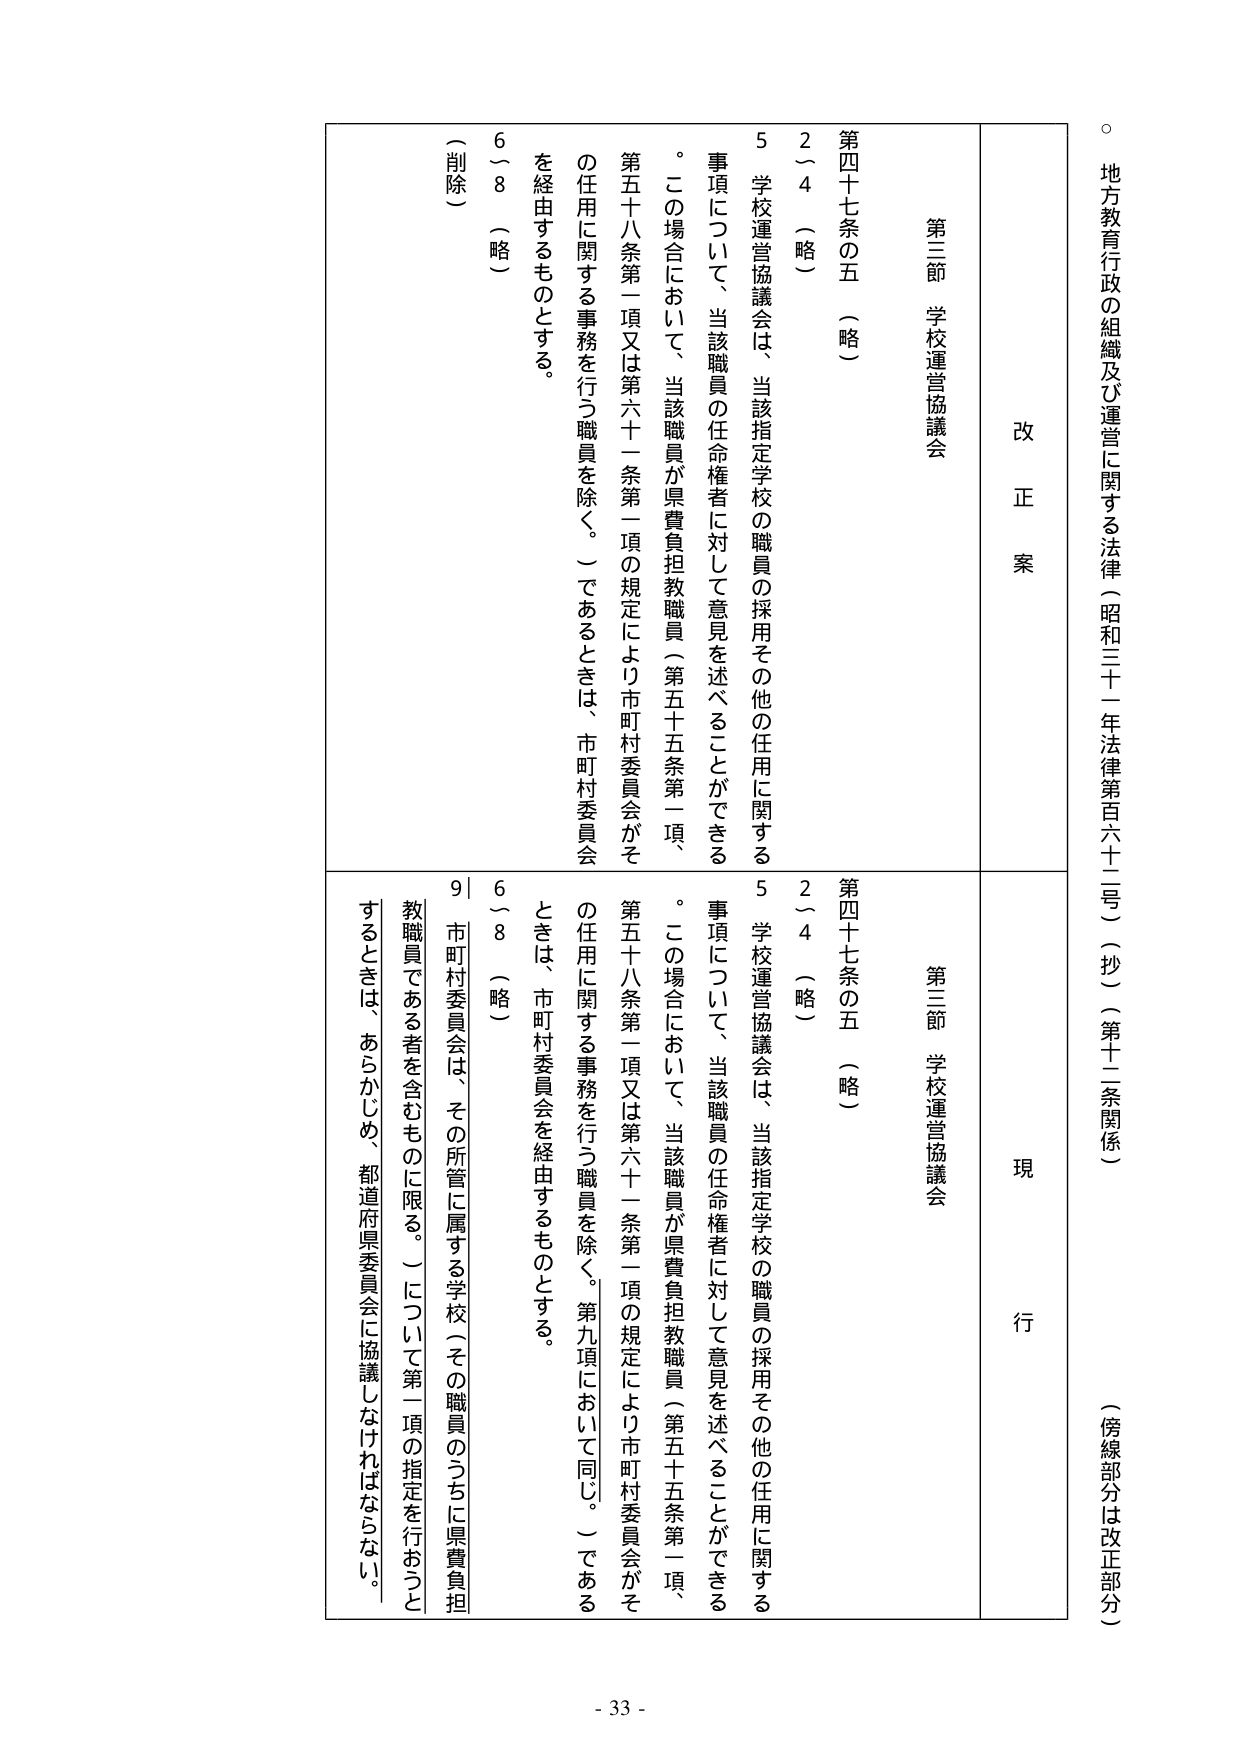
地方教育行政の組織及び運営に関する法律（昭和三十一年法律第百六十二号）（抄）（第十二条関係）
（傍線部分は改正部分）

改正案
現行

第三節 学校運営協議会
第四十七条の五（略）
2～4（略）
5 学校運営協議会は、当該指定学校の職員の採用その他の任用に関する事項について、当該職員の任命権者に対して意見を述べることができる。この場合において、当該職員が県費負担教職員（第五十五条第一項、第五十八条第一項又は第六十一条第一項の規定により市町村委員会がその任用に関する事務を行う職員を除く。）であるときは、市町村委員会を経由するものとする。
6～8（略）
（削除）

第三節 学校運営協議会
第四十七条の五（略）
2～4（略）
5 学校運営協議会は、当該指定学校の職員の採用その他の任用に関する事項について、当該職員の任命権者に対して意見を述べることができる。この場合において、当該職員が県費負担教職員（第五十五条第一項、第五十八条第一項又は第六十一条第一項の規定により市町村委員会がその任用に関する事務を行う職員を除く。第九項において同じ。）であるときは、市町村委員会を経由するものとする。
6～8（略）
9 市町村委員会は、その所管に属する学校（その職員のうちに県費負担教職員である者を含むものに限る。）について第一項の指定を行おうとするときは、あらかじめ、都道府県委員会に協議しなければならない。

- 33 -